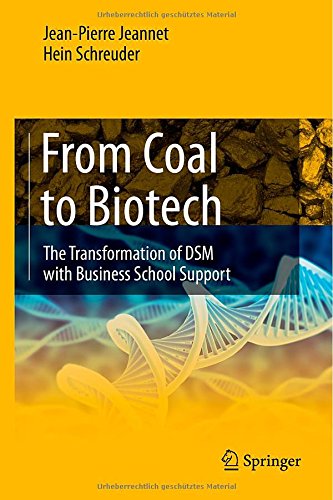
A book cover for From Coal to Biotech: The Transformation of DSM with Business School Support; Jean-Pierre Jeannet; Business & Money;